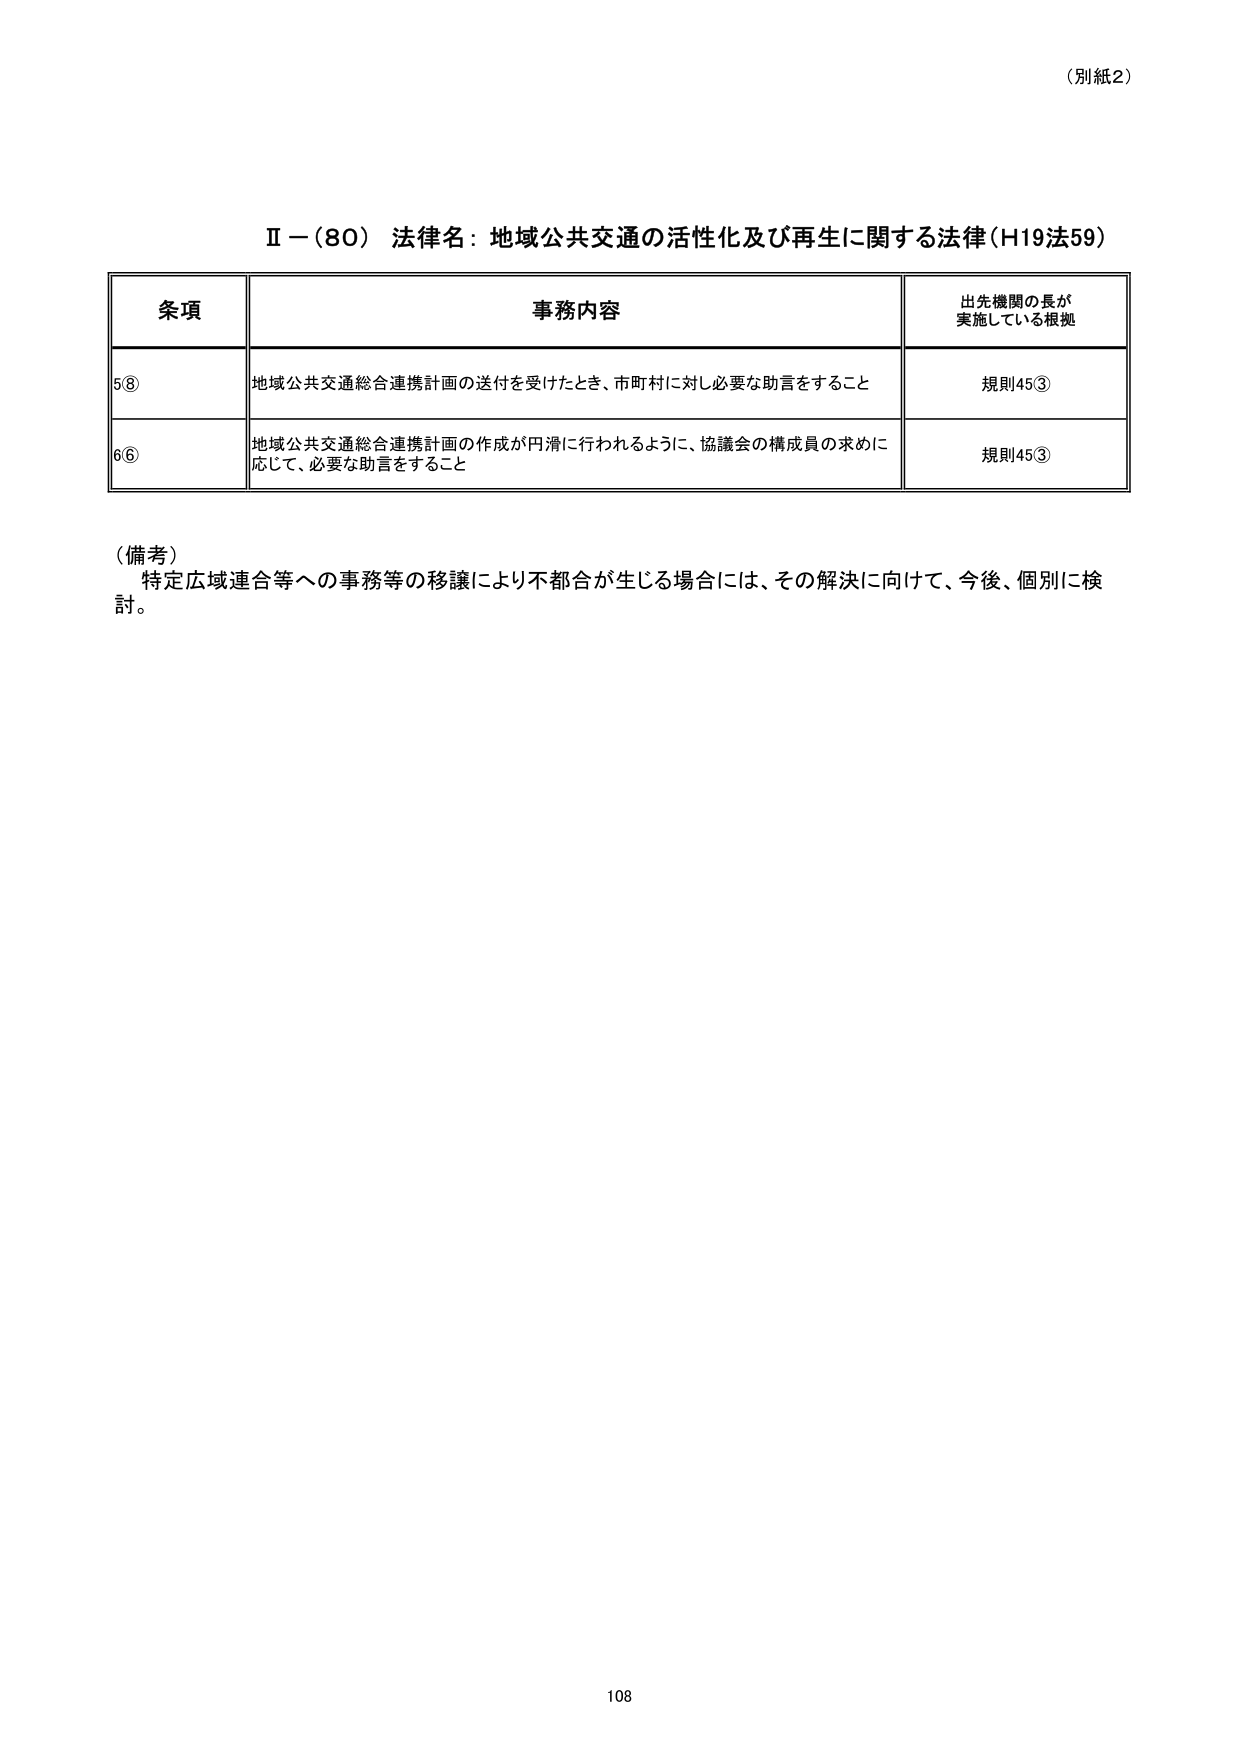
（別紙2）

Ⅱ－（80） 法律名：地域公共交通の活性化及び再生に関する法律（H19法59）

条項 事務内容 出先機関の長が実施している根拠
5⑧ 地域公共交通総合連携計画の送付を受けたとき、市町村に対し必要な助言をすること 規則45③
6⑥ 地域公共交通総合連携計画の作成が円滑に行われるように、協議会の構成員の求めに応じて、必要な助言をすること 規則45③

（備考）
特定広域連合等への事務等の移譲により不都合が生じる場合には、その解決に向けて、今後、個別に検討。

108